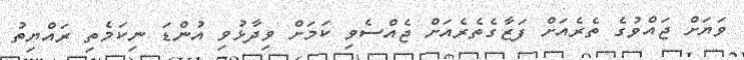
ވަޔަށް ޖައްވުގެ ތެރެއަށް ފަޒާގެތެރެއަށް ޖެއްސެވި ކަމަށް ވިދާޅުވި އުންޑަ ނިކަމެތި ރައްޔިތު